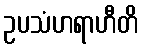
ဥပသံဟရာဟီတိ